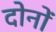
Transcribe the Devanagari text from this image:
दोनोंं